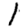
Digit: 1